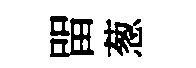
㽞葱